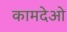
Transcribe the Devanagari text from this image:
कामदेओ